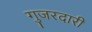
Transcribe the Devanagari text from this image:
गुजरदारी